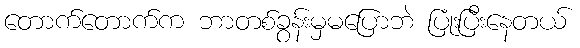
တောက်တောက်က ဘာတစ်ခွန်းမှမပြောဘဲ ပြုံးပြီးနေတယ်